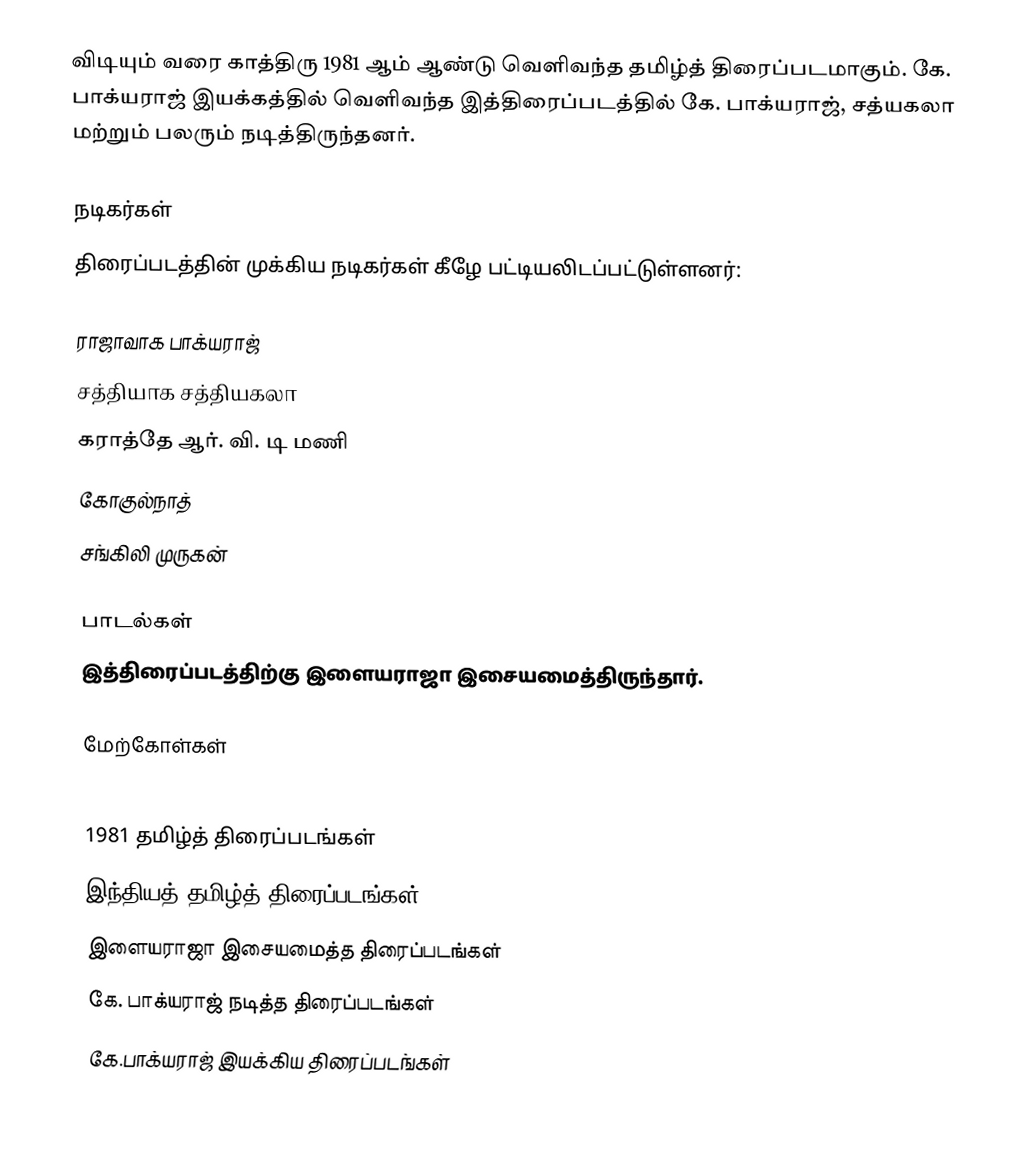
விடியும் வரை காத்திரு 1981 ஆம் ஆண்டு வெளிவந்த தமிழ்த் திரைப்படமாகும். கே. பாக்யராஜ் இயக்கத்தில் வெளிவந்த இத்திரைப்படத்தில் கே. பாக்யராஜ், சத்யகலா மற்றும் பலரும் நடித்திருந்தனர்.

நடிகர்கள்
திரைப்படத்தின் முக்கிய நடிகர்கள் கீழே பட்டியலிடப்பட்டுள்ளனர்:

 ராஜாவாக பாக்யராஜ்
 சத்தியாக சத்தியகலா
 கராத்தே ஆர். வி. டி மணி
 கோகுல்நாத்
 சங்கிலி முருகன்

பாடல்கள்
இத்திரைப்படத்திற்கு இளையராஜா இசையமைத்திருந்தார்.

மேற்கோள்கள்

1981 தமிழ்த் திரைப்படங்கள்
இந்தியத் தமிழ்த் திரைப்படங்கள்
இளையராஜா இசையமைத்த திரைப்படங்கள்
கே. பாக்யராஜ் நடித்த திரைப்படங்கள்
கே.பாக்யராஜ் இயக்கிய திரைப்படங்கள்